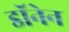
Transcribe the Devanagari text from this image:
डॉनेन